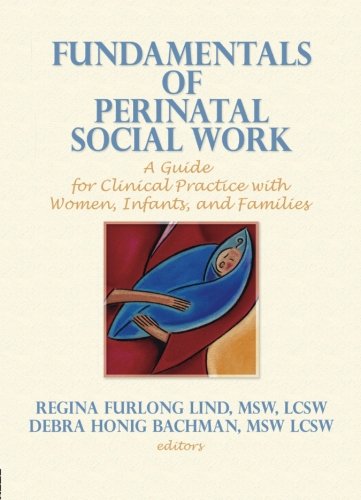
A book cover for Fundamentals of Perinatal Social Work: A Guide for Clinical Practice with Women, Infants, and Families (Monograph Published Simultaneously As Social Work in Health Care , Vol 24, No 3-4); Regina F Lind; Medical Books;